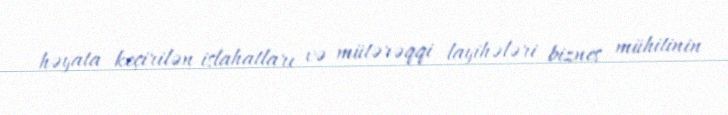
həyata keçirilən islahatları və mütərəqqi layihələri biznes mühitinin